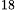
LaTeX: ^\textrm{\scriptsize 18}